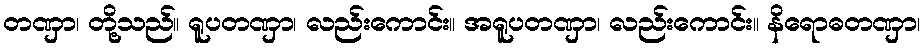
တဏှာ၊ တို့သည်။ ရူပတဏှာ၊ လည်းကောင်း။ အရူပတဏှာ၊ လည်းကောင်း။ နိရောဓတဏှာ၊